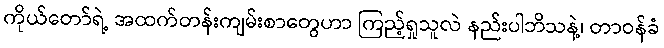
ကိုယ်တော်ရဲ့ အထက်တန်းကျမ်းစာတွေဟာ ကြည့်ရှုသူလဲ နည်းပါဘိသနဲ့၊ တာဝန်ခံ